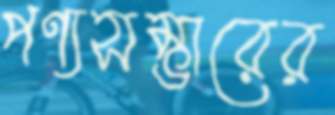
পণ্যসম্ভারের